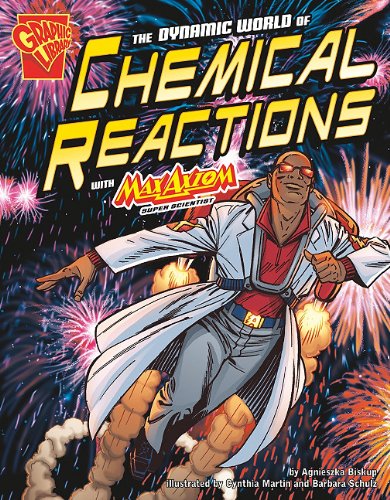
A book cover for The Dynamic World of Chemical Reactions with Max Axiom (Graphic Science); Agnieszka Biskup; Children's Books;